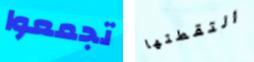
تجمعوا التقطتها